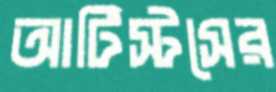
আর্টিস্টসের